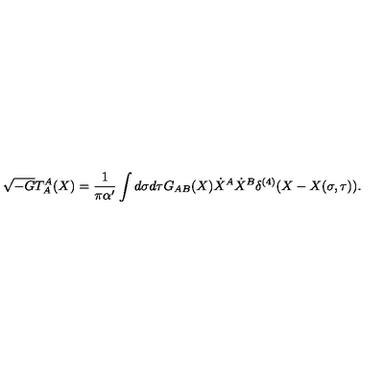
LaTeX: \sqrt { - G } T _ { A } ^ { A } ( X ) = \frac { 1 } { \pi \alpha ^ { \prime } } \int d \sigma d \tau G _ { A B } ( X ) { \dot { X } } ^ { A } { \dot { X } } ^ { B } \delta ^ { ( 4 ) } ( X - X ( \sigma , \tau ) ) .